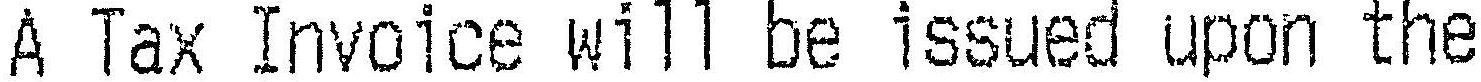
A TAX INVOICE WILL BE ISSUED UPON THE